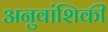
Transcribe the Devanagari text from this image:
अनुवांशिकी